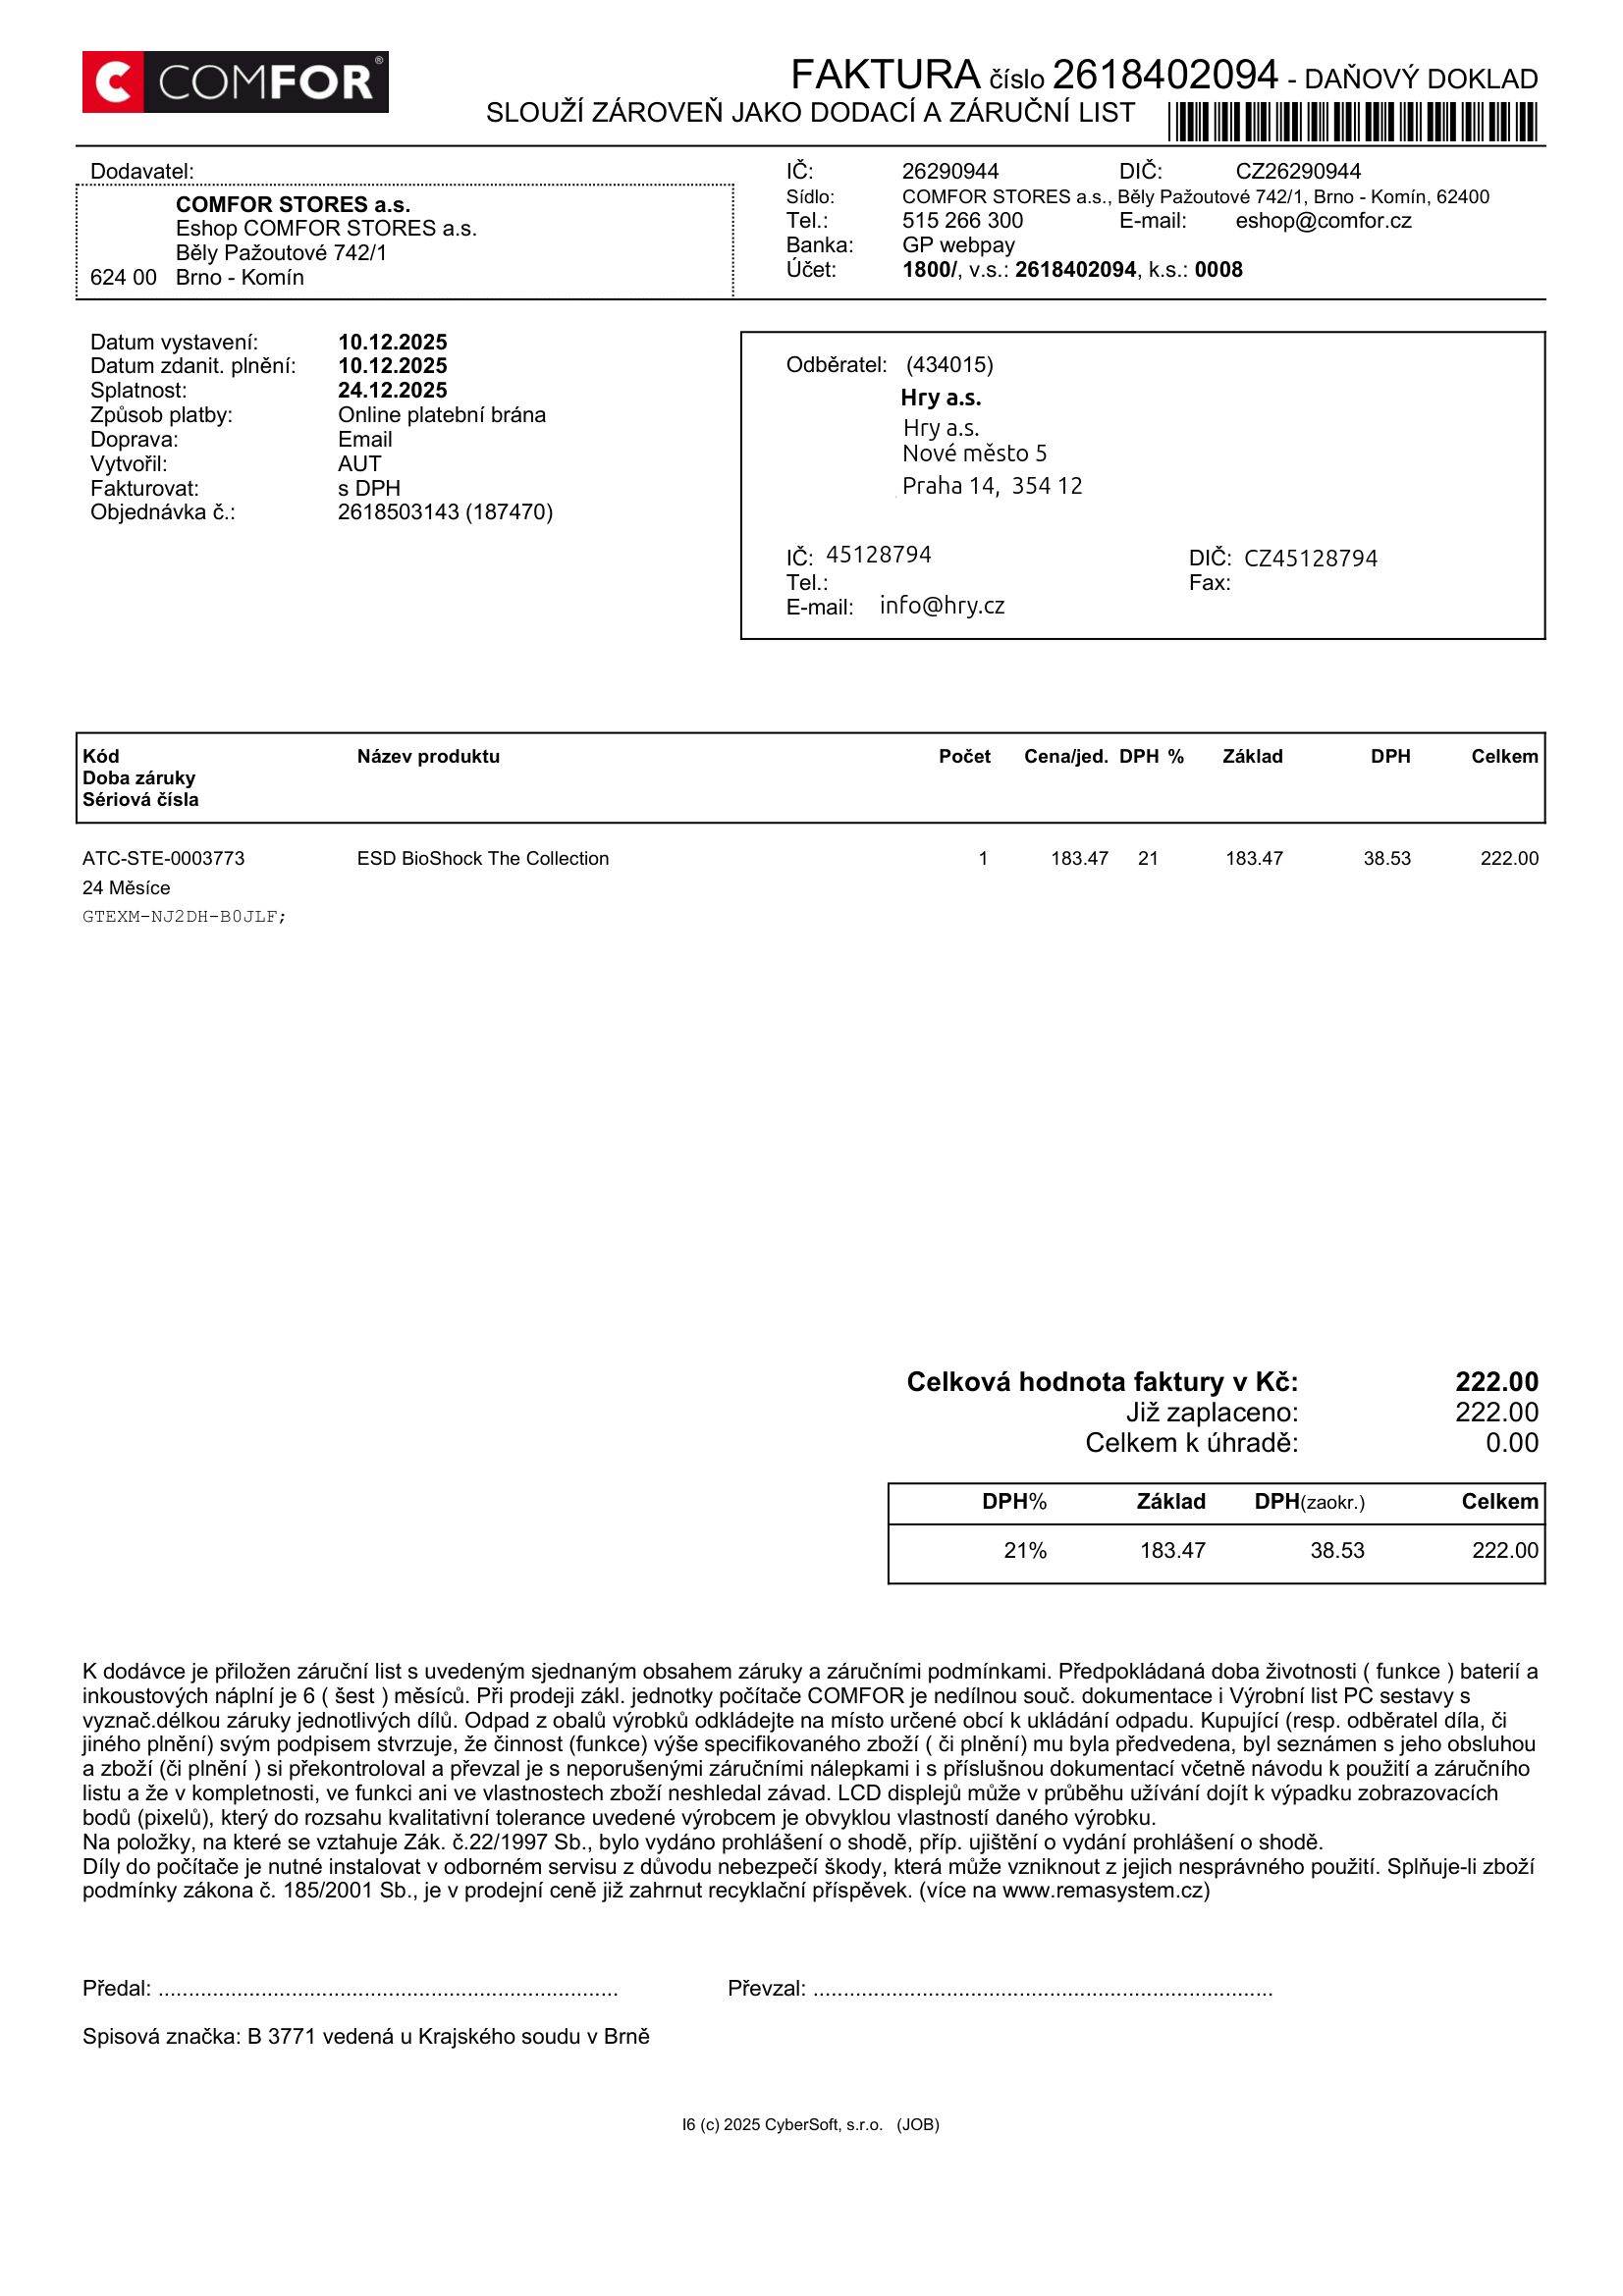
invoice_number: 2618402094
supp_register_id: 26290944
supp_tax_id: CZ26290944
cust_register_id: 45128794
cust_tax_id: CZ45128794
issue_date: 10.12.2025
taxable_supply_date: 10.12.2025
due_date: 24.12.2025
payment_type: Online platební brána
variable_symbol: 2618402094
const_symbol: 0008
total: 222.00